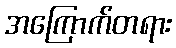
အကြောက်တရား